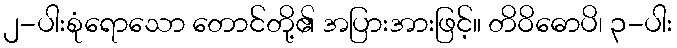
၂-ပါးစုံရောသော တောင်တို့၏ အပြားအားဖြင့်။ တိဝိဓောပိ၊ ၃-ပါး